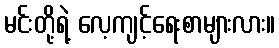
မင်းတို့ရဲ့ လေ့ကျင့်ရေးစာများလား။